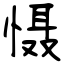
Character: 慑